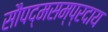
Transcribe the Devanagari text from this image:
सौपद्मसम्प्रदाय